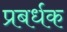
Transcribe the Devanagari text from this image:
प्रबर्धक